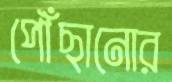
পৌঁছানোর